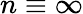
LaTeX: n\equiv\infty